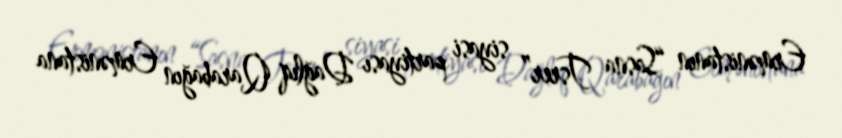
Ermənistanın “Sasna Tsrer” siyasi partiyası Dağlıq Qarabağın Ermənistana